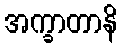
အက္ခာတာနိ